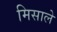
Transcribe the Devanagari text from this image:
मिसाले